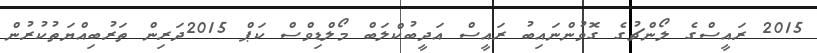
2015 ރައީސްގެ ލޯންޗުގެ ގޮވުންނައިބު ރައީސް އަދީބުކްލަބް މޯލްޑިވްސް ކަޕް 2015ދަރިން ތަރުބިއްޔަތުކުރުން